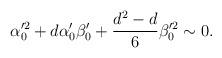
LaTeX: \begin{align*}\alpha_0'^2 + d \alpha_0' \beta_0 ' + {d^2 - d \over 6} \beta_0'^2\sim 0 . \end{align*}